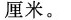
厘米。